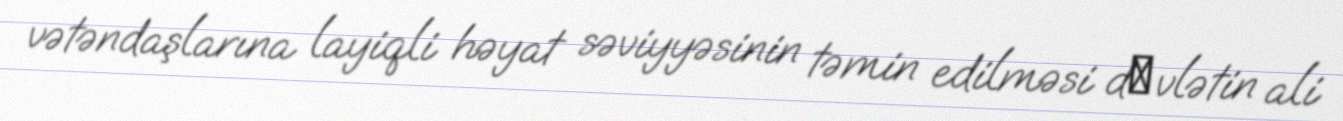
vətəndaşlarına layiqli həyat səviyyəsinin təmin edilməsi dцvlətin ali